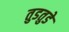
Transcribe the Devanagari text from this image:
तुडतुडे